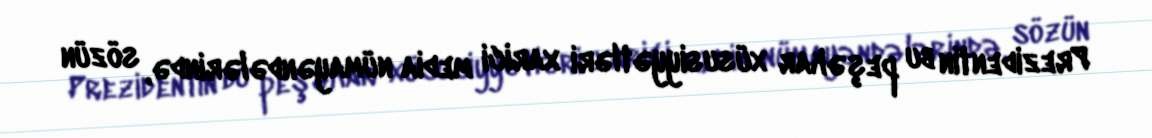
Prezidentin bu peşəkar xüsusiyyətləri xarici media nümayəndələrində, sözün